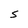
Character: S